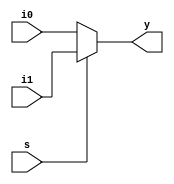
module bad_mux(i0,i1,s,y);
input i0,i1,s;
output reg y;
always @(s)
begin
	if(s)
		y<=i1;
	else
		y<=i0;
end
endmodule